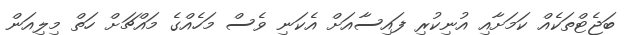
ބަޖެޓްތަކެއް ކަމަށާއި އުނިކުރި ފައިސާއަށް އެކަނި ވެސް މަހެއްގެ މައްޗަށް ހަތް މިލިއަން